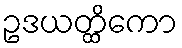
ဥဒယတ္ထိကော